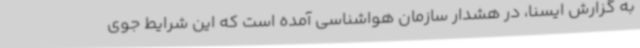
به گزارش ایسنا، در هشدار سازمان هواشناسی آمده است که این شرایط جوی